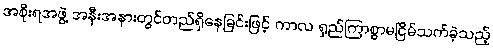
အစိုးရအဖွဲ့ အနီးအနားတွင်တည်ရှိနေခြင်းဖြင့် ကာလ ရှည်ကြာစွာမငြိမ်သက်ခဲ့သည့်